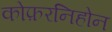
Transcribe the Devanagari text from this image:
कोफ़रनिहोन